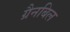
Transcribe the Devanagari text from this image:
ग्रैनबिल